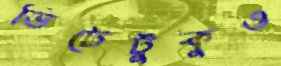
ভিটেটুকুও